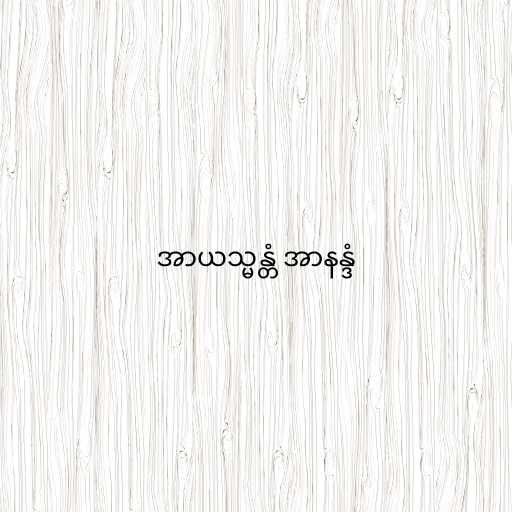
အာယသ္မန္တံ အာနန္ဒံ